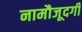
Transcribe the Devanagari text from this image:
नामौजूदगी